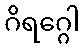
ဂိရဂ္ဂေါ